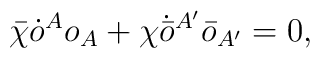
\bar{\chi}\dot{o}^A o_A + \chi\dot{\bar{o}}{}^{A'}\bar{o}_{A'} = 0,